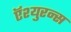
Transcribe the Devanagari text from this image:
ऍश्युरन्स